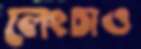
লেংচাও